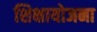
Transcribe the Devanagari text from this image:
शिक्षायोजना